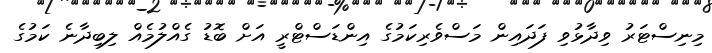
މިނިސްޓަރު ވިދާޅުވި ފަދައިން މަސްވެރިކަމުގެ އިންޑަސްޓްރީ އަށް ބޮޑު ގެއްލުމެއް ލިބިދާނެ ކަމުގެ